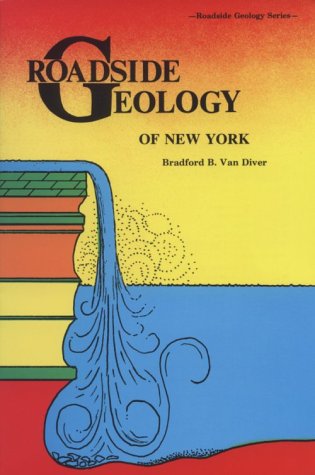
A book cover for Roadside Geology of New York (Roadside Geology Series); Bradford Van Diver; Travel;